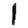
Digit: 1